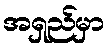
အရှည်မှာ